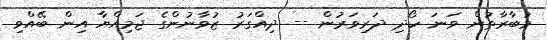
މުބާރާތުން ވަނަ ހޯދި ދަރިވަރުން -- ދިއްގަރު ޒުވާނުންގެ ޖަމިއްޔާ އިން ބޭއްވި